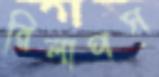
রিলাপস